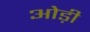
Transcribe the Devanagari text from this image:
ओड़ी